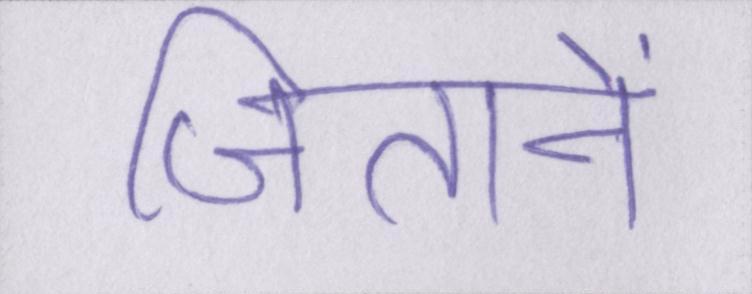
जिताने